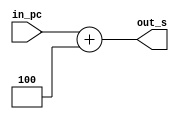
`timescale 1ns / 1ps

module adder(input [31:0] in_pc, output reg [31:0] out_s);
// need checking & understanding

 initial 
 begin
 out_s <= 96; 
 end
 
 always @(*) begin // I'm confused
    // set in_pc to 100 in testbench
    out_s = in_pc + 4;
end
  
endmodule